Medical and sanitary report of the native army of Bengal for the year
Year: 1878
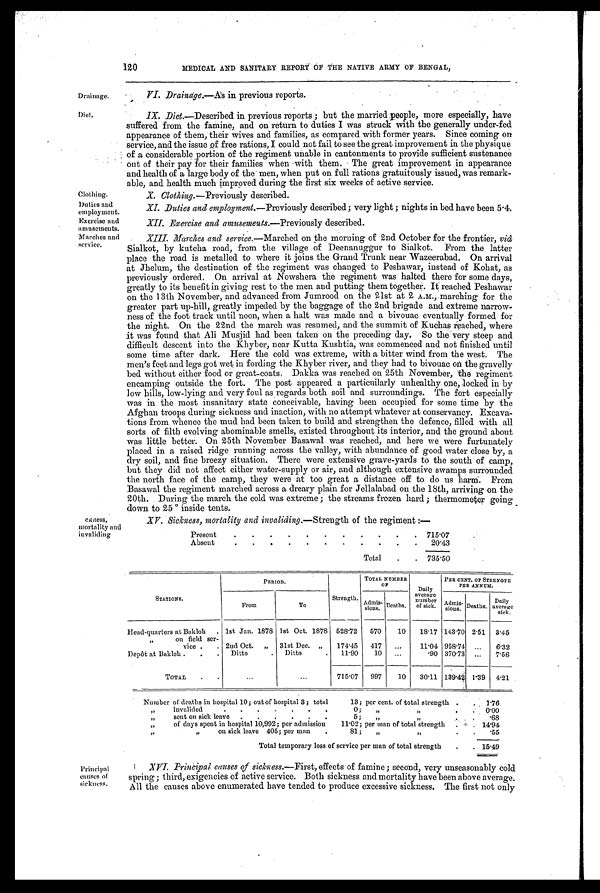
120
MEDICAL AND SANITARY REPORT OF THE NATIVE ARMY OF BENGAL,
Drainage.
Diet.
Clothing.
Duties and
employment.
Exercise and
amusements.
Marches and
service.
ckness,
mortality and
invaliding
VI, Drainage.—As in previous reports.
IX. Dice.—Described in previous reports ; but the married people, more especially, have
suffered from the famine, and on return to duties I was struck with the generally under-fed
appearance of them, their wives and families, as compared with former years. Since coming on
service, and the issue of free rations, I could not fail to see the great improvement in the physique
of a considerable portion of the regiment unable in cantonments to provide sufficient sustenance
out of their pay for their families when with them. The great improvement in appearance
and health of a large body of the men, when put on full rations gratuitously issued, was remark-
able, and health much improved during the first six weeks of active service.
X. Clothing.—Previously described.
X.Duties and employment.—Previously described; very light ; nights in bed have been 5.4.
X. Exercise and amusements.—Previously described.
XIII. Marches and service.—Marched on the morning of 2nd October for the frontier, viâ
Sialkot, by kutcha road, from the village of Deenanuggur to Sialkot. From the latter
place the road is metalled to where it joins the Grand Trunk near Wazeerabad. On arrival
at Jhelum, the destination of the regiment was changed to Peshawar, instead of Kohat, as
previously ordered. On arrival at Nowshera the regiment was halted there for some days,
greatly to its benefit in giving rest to the men and putting them together. It reached Peshawar
on the 13th November, and advanced from Jumrood on the 21st at 2 A.M., marching for the
greater part up-hill, greatly impeded by the baggage of the 2nd brigade and extreme narrow-
ness of the foot track until noon, when a halt was made and a bivouac eventually formed for
the night. On the 22nd the march was resumed, and the summit of Kuchas reached, where
it was found that Ali Musjid had been taken on the preceding day. So the very steep and
difficult descent into the Khyber, near Kutta Kushtia, was commenced and not finished until
some time after dark. Here the cold was extreme, with a bitter wind from the west. The
men's feet and legs got wet in fording the Khyber river, and they had to bivouac on the gravelly
bed. without either food or great-coats, Dakka was reached on 25th November, the regiment
encamping outside the fort. The post appeared a particuilarly unhealthy one, locked in by
low hills, low-lying and very foul as regards both soil and surroundings. The fort especially
was in the most insanitary state conceivable, having been occupied for some time by the
Afghan troops during sickness and inaction, with no attempt whatever at conservancy. Excava-
tions from whence the mud had been taken to build and strengthen the defence, filled with all
sorts of filth evolving abominable smells, existed throughout its interior, and the ground about
was little better. On 25th November Basawal was reached, and here we were furtunately
placed in a raised ridge running across the valley, with abundance of good water close by, a
dry soil, and fine breezy situation. There were extensive grave-yards to the south of camp,
but they did not affect either water-supply or air, and although extensive swamps surrounded
the north face of the camp, they were at too great a distance off to do us harm. From
Basawal the regiment marched across a dreary plain for Jellalabad on the 18th, arriving on the
20th. During the march the cold was extreme ; the streams frozen hard ; thermometer going
down to 25 º i nsi de tents.
XV. Sickness, mortality and invaliding. —Strength of the regiment :—
Present
. . . . . . . . . . . 715.07.
Absent
. . . . .
. . . . . . 2 0 . 4 3
•
Total . . 735.50
STATIONS.
PERIOD.
Strength.
TOTAL NUMBER
OF
Daily
average number of sick.
PER CENT. OF STRENGTH
PER ANNUM.
-
From
To
Admis -
sions. Deaths.
Admis- sions. Deaths. Daily
average sick.
Head-quarters at Bakloh . 1st Jan. 1878 1st Oct. 1878 528.72 570 10 18.17 143.70 2.51 3.45
,,
on field ser-
vice . . 2nd Oct. „ 31st Dec. „ 174.45 417 ... 11.04 958-74 ... 6.32
Depôt at Bakloh. . . Ditto
. Ditto
. 11.90 10 ...
.90 370.73 ... 7. 56
TOTAL . .
. . .
...
715.07 997 10 30.11 139.42 1.39 4 . 2 1
Number of deaths in hospital 10; out of hospital 3 ; total
13; per cent. of total strength . . 1.76
„ invalided
.
.
.
.
.
.
.
0; „
, , ,
0.00
, ,
sent on sick leave . . . . . .
5; ,,
, ,
. 6 8
„ of days spent in hospital 10,992; per admission 11.02; per man of total strength
. 14. 94
, ,
,, on sick leave 405; per man .
81; „
, ,
. . .55
Total temporary loss of service per man of total strength . . 15.49
Principal
causes of
sickness.
XVI. Principal causes of sickness. —First, effects of famine ; second, very unseasonably cold
spring ; third, exigencies of active service. Both sickness and mortality have been above average.
All the causes above enumerated have tended to produce excessive sickness. The first not only